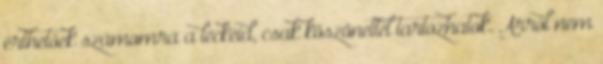
érthetőek számomra a leckéid, csak köszönettel tartozhatok. Arról nem